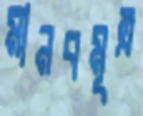
মানবমূত্র